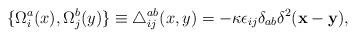
LaTeX: \begin{align*}\{ \Omega_i^a(x), \Omega_j^b(y) \} \equiv \triangle^{ab}_{ij}(x, y) = - \kappa\epsilon_{ij}\delta_{ab}\delta^2({\bf x} - {\bf y}),\end{align*}